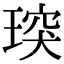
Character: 㻠